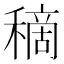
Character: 𥡦